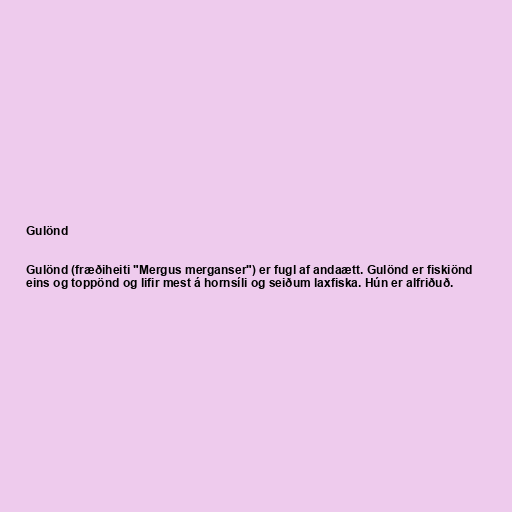
Gulönd

Gulönd (fræðiheiti "Mergus merganser") er fugl af andaætt. Gulönd er fiskiönd
eins og toppönd og lifir mest á hornsíli og seiðum laxfiska. Hún er alfriðuð.